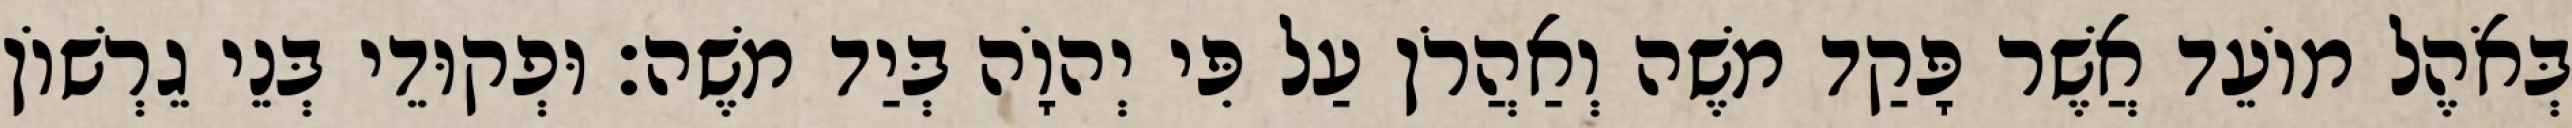
בְּאֹהֶל מוֹעֵד אֲשֶׁר פָּקַד משֶׁה וְאַהֲרֹן עַל פִּי יְהוָֹה בְּיַד משֶׁה׃ וּפְקוּדֵי בְּנֵי גֵרְשׁוֹן